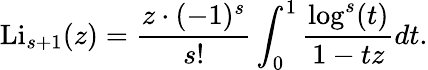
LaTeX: \operatorname{Li}_{s+1}(z)={\frac{z\cdot(-1)^{s}}{s!}}\int_{0}^{1}{\frac{\log^{s}(t)}{1-tz}}dt.